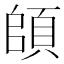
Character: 頧